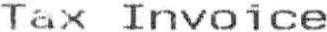
TAX INVOICE